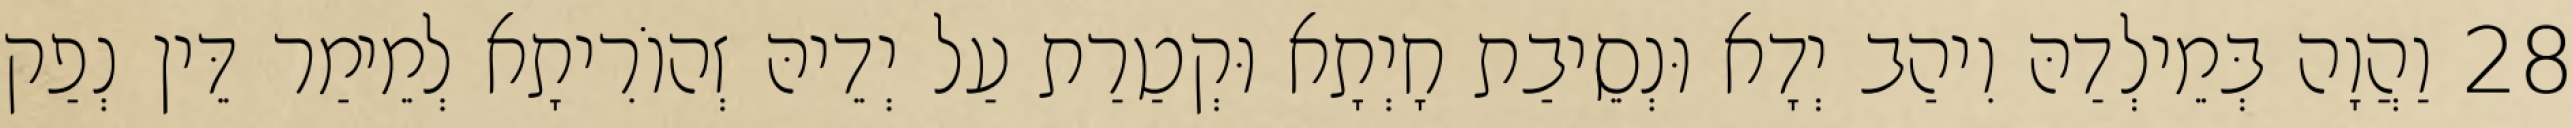
28 וַהֲוָה בְּמֵילְדַהּ וִיהַב יְדָא וּנְסֵיבַת חָיְתָא וּקְטַרַת עַל יְדֵיהּ זְהוֹרִיתָא לְמֵימַר דֵּין נְפַק